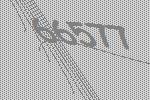
66577